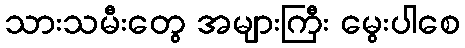
သားသမီးတွေ အများကြီး မွေးပါစေ